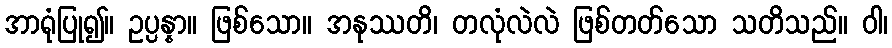
အာရုံပြု၍။ ဥပ္ပန္နာ။ ဖြစ်သော။ အနုဿတိ၊ တလုံလဲလဲ ဖြစ်တတ်သော သတိသည်။ ဝါ၊